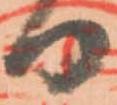
日